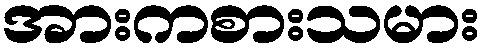
အားကစားသမား